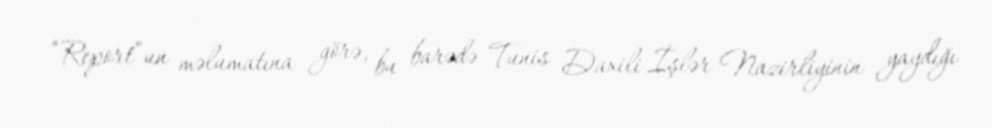
“Report”un məlumatına görə, bu barədə Tunis Daxili İşlər Nazirliyinin yaydığı